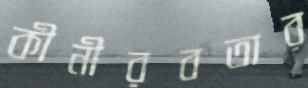
কীনীরবতার